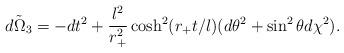
LaTeX: \begin{align*} \tilde {d\Omega_3}=-dt^2 +\frac{l^2}{r_+^2}\cosh^2(r_+t/l)(d\theta^2+\sin^2\theta d\chi^2).\end{align*}